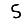
Digit: 5